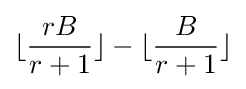
\lfloor {\frac {rB}{r+1}}\rfloor -\lfloor {\frac {B}{r+1}}\rfloor